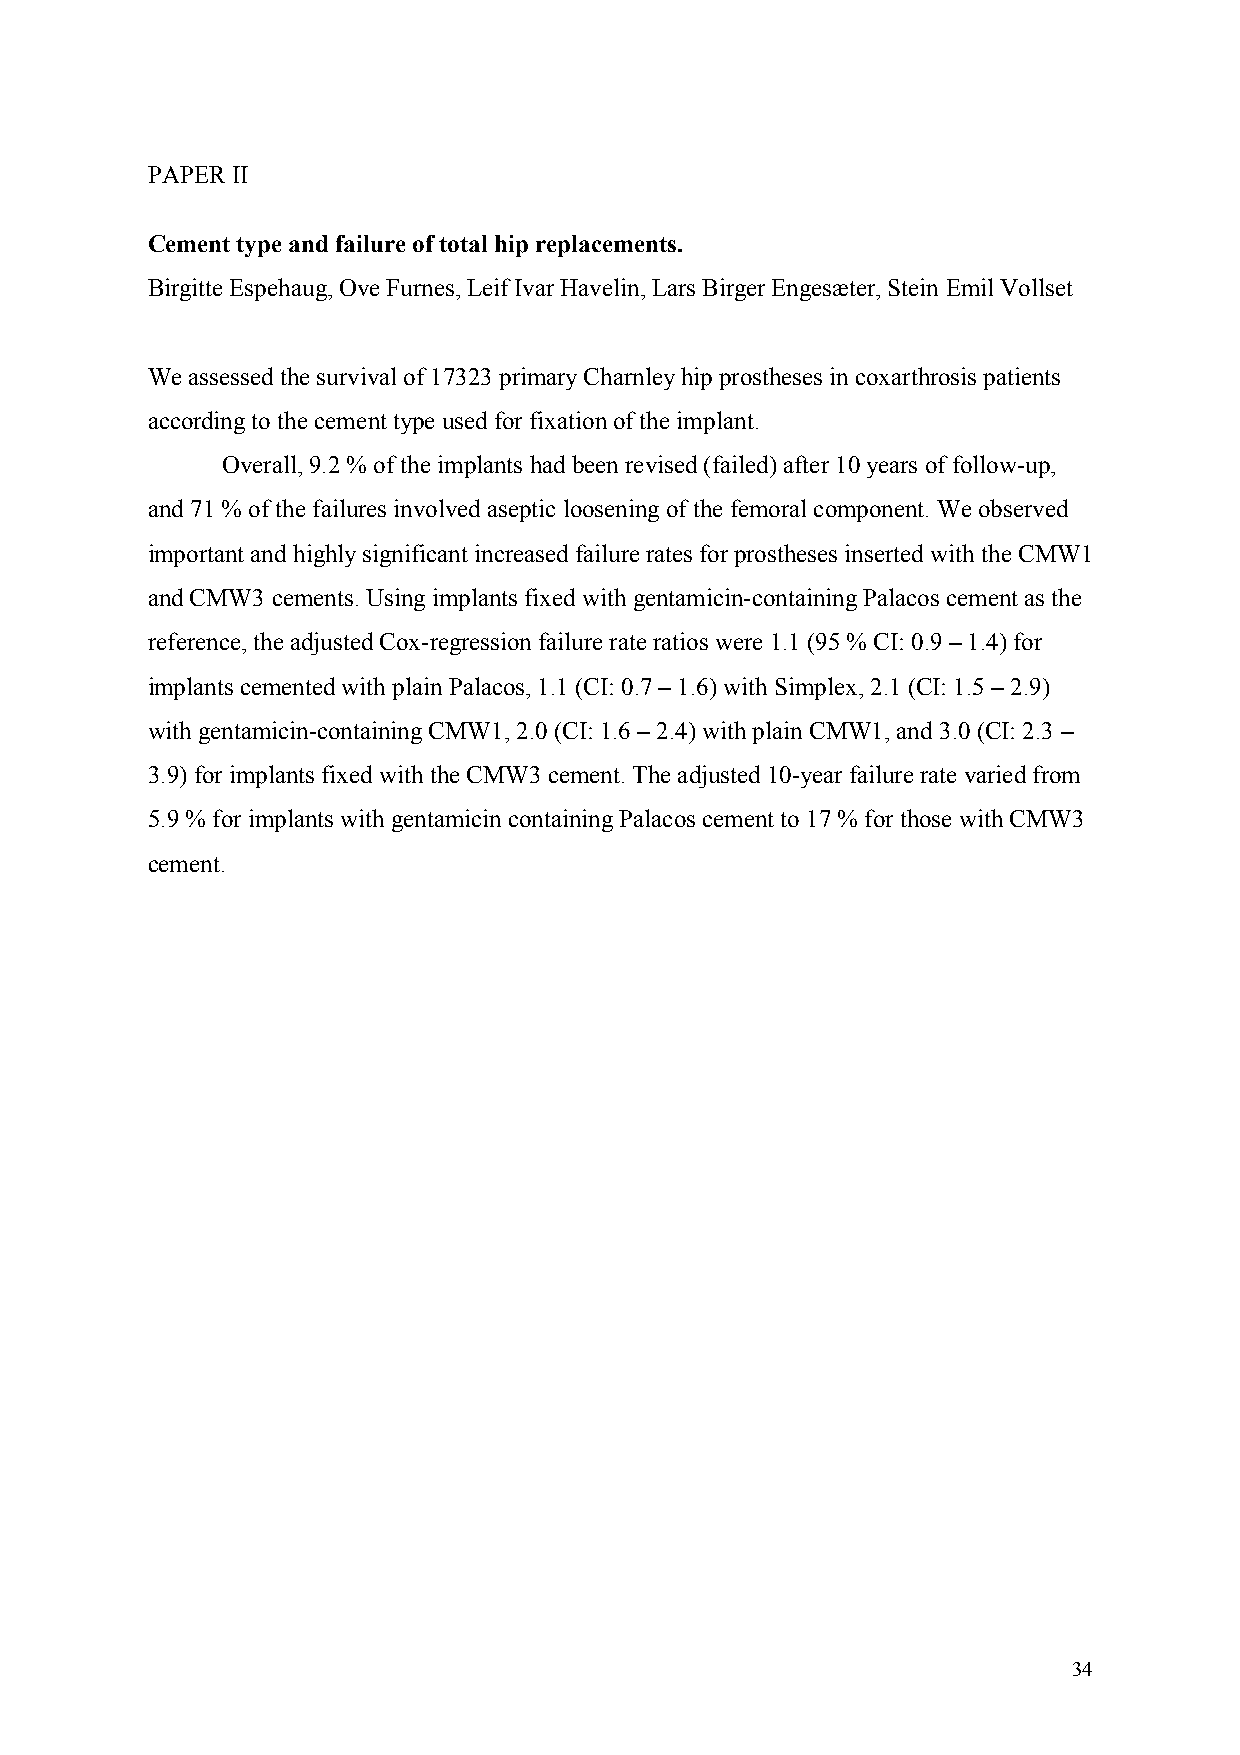
PAPER II
 Cement type and failure of total hip replacements.
 Birgitte Espehaug, Ove Furnes, Leif Ivar Havelin, Lars Birger Engesæter, Stein Emil Vollset
 We assessed the survival of 17323 primary Charnley hip prostheses in coxarthrosis patients
 according to the cement type used for fixation of the implant.
 Overall, 9.2 % of the implants had been revised (failed) after 10 years of follow-up,
 and 71 % of the failures involved aseptic loosening of the femoral component. We observed
 important and highly significant increased failure rates for prostheses inserted with the CMW1
 and CMW3 cements. Using implants fixed with gentamicin-containing Palacos cement as the
 reference, the adjusted Cox-regression failure rate ratios were 1.1 (95 % CI: 0.9 – 1.4) for
 implants cemented with plain Palacos, 1.1 (CI: 0.7 – 1.6) with Simplex, 2.1 (CI: 1.5 – 2.9)
 with gentamicin-containing CMW1, 2.0 (CI: 1.6 – 2.4) with plain CMW1, and 3.0 (CI: 2.3 –
 3.9) for implants fixed with the CMW3 cement. The adjusted 10-year failure rate varied from
 5.9 % for implants with gentamicin containing Palacos cement to 17 % for those with CMW3
 cement.
 34